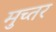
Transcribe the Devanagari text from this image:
मुच्तर